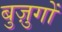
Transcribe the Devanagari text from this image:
बुज़ुगों